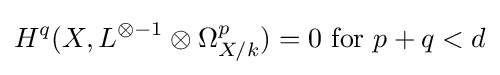
H^{q}(X,L^{\otimes -1}\otimes \Omega _{X/k}^{p})=0{\text{ for }}p+q<d